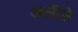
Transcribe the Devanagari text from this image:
आलीले